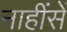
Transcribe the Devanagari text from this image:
नाहींसें